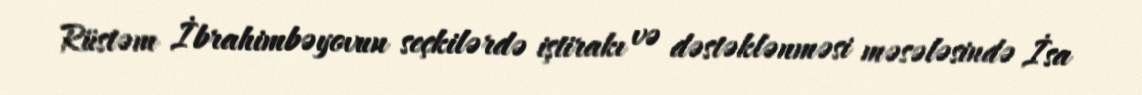
Rüstəm İbrahimbəyovun seçkilərdə iştirakı və dəstəklənməsi məsələsində İsa